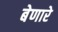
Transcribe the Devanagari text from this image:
बेणारे